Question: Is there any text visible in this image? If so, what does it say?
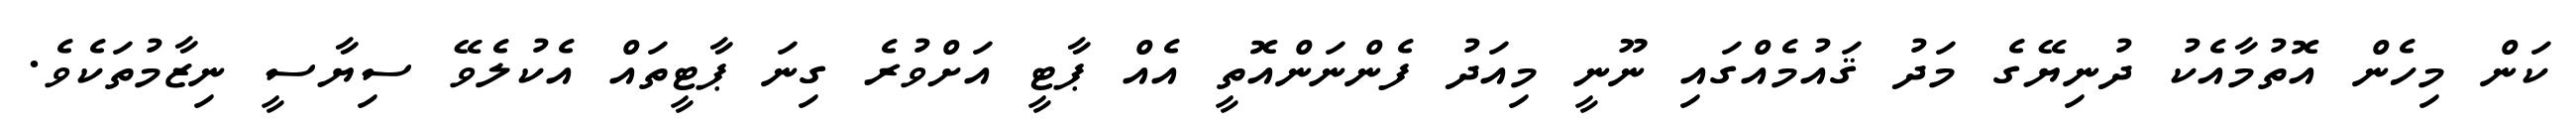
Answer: ކަން މިހެން އޮތުމާއެކު ދުނިޔޭގެ މަދު ޤައުމެއްގައި ނޫނީ މިއަދު ފެންނަންއޮތީ އެއް ޕާޓީ އަށްވުރެ ގިނަ ޕާޓީތައް އެކުލެވޭ ސިޔާސީ ނިޒާމުތަކެވެ.